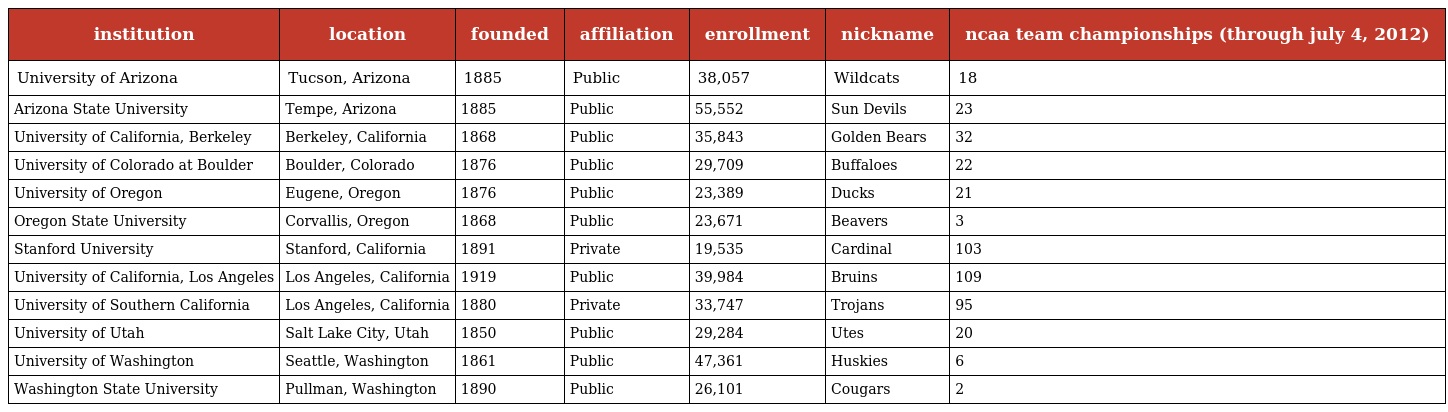
| institution | location | founded | affiliation | enrollment | nickname | ncaa team championships (through july 4, 2012) |
 | --- | --- | --- | --- | --- | --- | --- |
 | University of Arizona | Tucson, Arizona | 1885 | Public | 38,057 | Wildcats | 18 |
 | Arizona State University | Tempe, Arizona | 1885 | Public | 55,552 | Sun Devils | 23 |
 | University of California, Berkeley | Berkeley, California | 1868 | Public | 35,843 | Golden Bears | 32 |
 | University of Colorado at Boulder | Boulder, Colorado | 1876 | Public | 29,709 | Buffaloes | 22 |
 | University of Oregon | Eugene, Oregon | 1876 | Public | 23,389 | Ducks | 21 |
 | Oregon State University | Corvallis, Oregon | 1868 | Public | 23,671 | Beavers | 3 |
 | Stanford University | Stanford, California | 1891 | Private | 19,535 | Cardinal | 103 |
 | University of California, Los Angeles | Los Angeles, California | 1919 | Public | 39,984 | Bruins | 109 |
 | University of Southern California | Los Angeles, California | 1880 | Private | 33,747 | Trojans | 95 |
 | University of Utah | Salt Lake City, Utah | 1850 | Public | 29,284 | Utes | 20 |
 | University of Washington | Seattle, Washington | 1861 | Public | 47,361 | Huskies | 6 |
 | Washington State University | Pullman, Washington | 1890 | Public | 26,101 | Cougars | 2 |